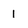
Character: 1